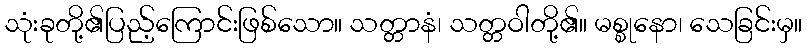
သုံးခုတို့၏ပြည့်ကြောင်းဖြစ်သော။ သတ္တာနံ၊ သတ္တဝါတို့၏။ မစ္စုနော၊ သေခြင်းမှ။